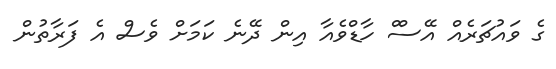
ގެ ވައުޗަރެއް އޭސްް ހާޑްވެއާ އިން ދޭނެ ކަމަށް ވެސް އެ ފަރާތުން